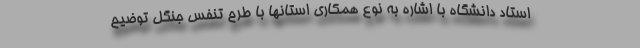
استاد دانشگاه با اشاره به نوع همکاری استانها با طرح تنفس جنگل توضیح